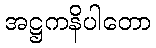
အဋ္ဌကနိပါတော